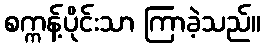
စက္ကန့်ပိုင်းသာ ကြာခဲ့သည်။